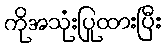
ကိုအသုံးပြုထားပြီး